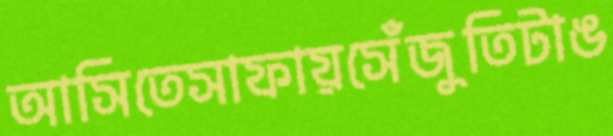
আসিতেসাফায়সেঁজুতিটাঙ